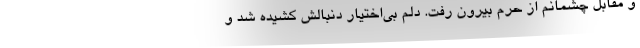
و مقابل چشمانم از حرم بیرون رفت. دلم بی‌اختیار دنبالش کشیده شد و